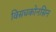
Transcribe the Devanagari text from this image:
विसचकोनसिन